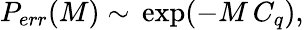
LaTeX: \begin{array}{r}{P_{err}(M)\sim\, \exp(-M\, C_{q}),}\end{array}